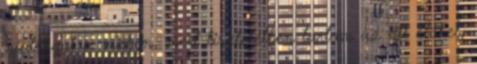
nadrágot a vízben, mert tiszteletben tartom az ott élőket,